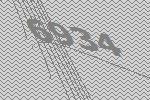
6934